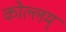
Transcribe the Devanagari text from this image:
कोल्लम्‌